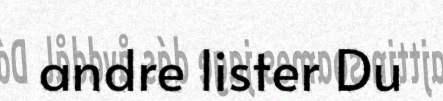
andre lister Du